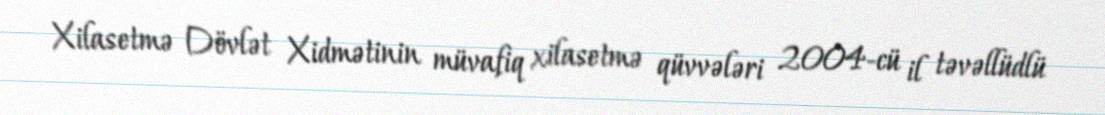
Xilasetmə Dövlət Xidmətinin müvafiq xilasetmə qüvvələri 2004-cü il təvəllüdlü